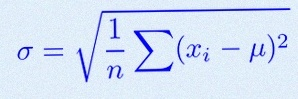
\sigma=\sqrt{\frac1n\sum(x_i-\mu)^2}